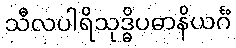
သီလပါရိသုဒ္ဓိပဓာနိယင်္ဂံ